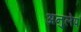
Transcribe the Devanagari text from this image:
अनुलेप